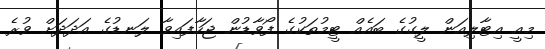
މިއީ އިޓާލިއަން ލީގުގެ ބައެއް ޓީމުތަކުގެ ފޯވާޑުން ޖަހާފައިވާ ލަނޑުގެ އަދަދަށް ވުރެ